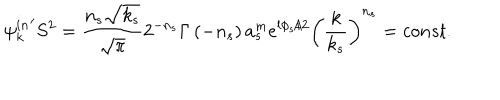
{ { \psi } _ { k } ^ { i n } } ^ { \prime } S ^ { 2 } = \frac { n _ { s } \sqrt { k _ { s } } } { \sqrt { \pi } } 2 ^ { - n _ { s } } \Gamma \left( - n _ { s } \right) a _ { s } ^ { m } e ^ { l \phi _ { s } / 2 } \left( \frac k { k _ { s } } \right) ^ { n _ { s } } = c o n s t .